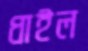
ধাইল